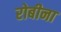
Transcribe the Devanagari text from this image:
रोबीना